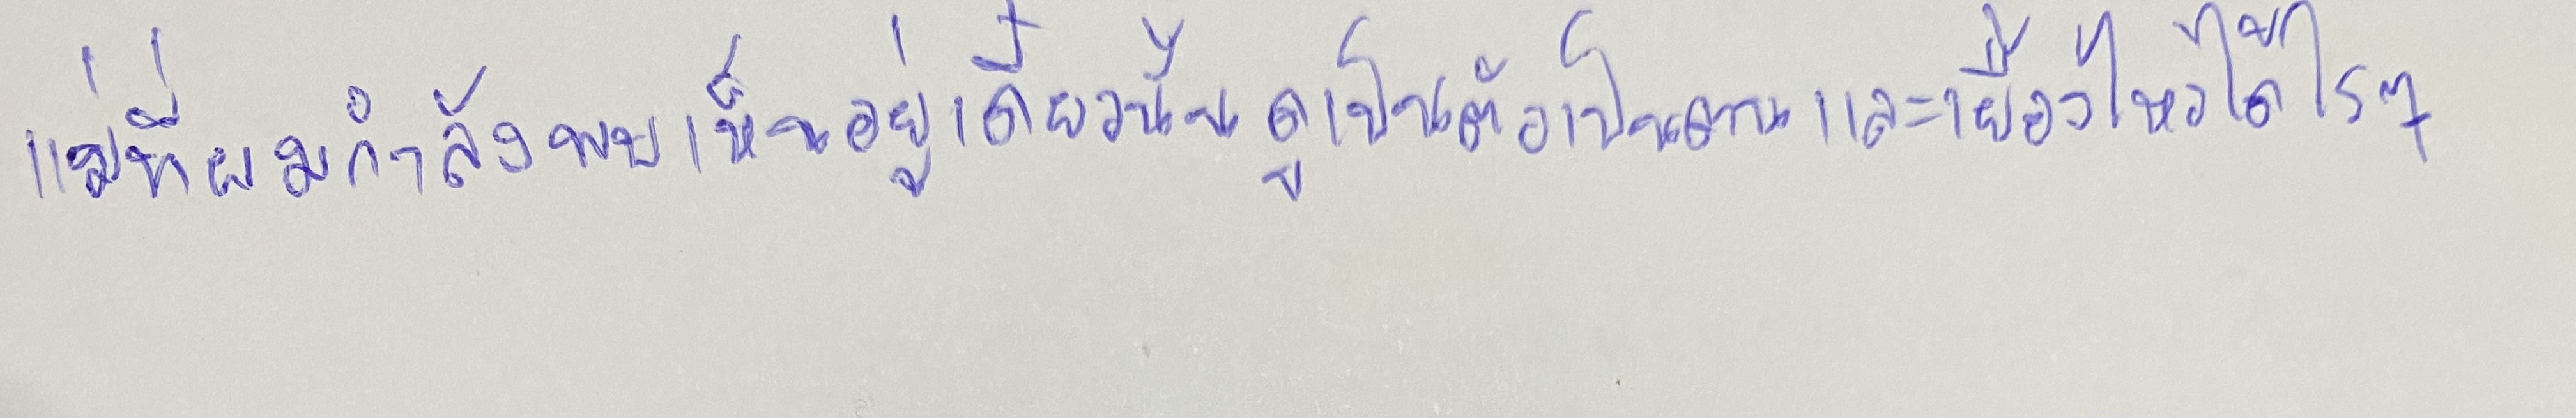
แม่ที่ผมกำลังพบเห็นอยู่เดี๋ยวนั้นดูเป็นตัวเป็นตนและเยื้องไหวได้ไรๆ